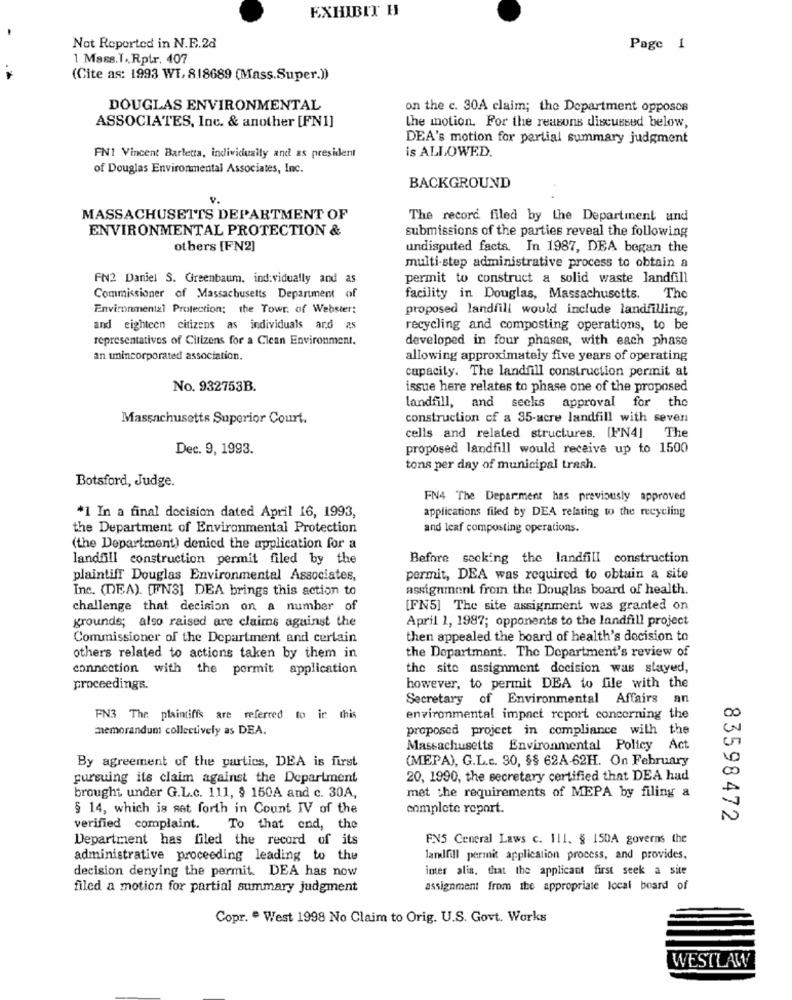
EXHIBIT H
Not Reported in N.E.28
Page 1
1 Mass.T. Rptr. 407
(Cite as: 1993 WT, 818689 (Mass.Super.))
DOUGLAS ENVIRONMENTAL
on the c. 30A claim; the Department opposes
ASSOCIATES, Inc. & another [FN1]
the motion. For the reasons discussed below,
DEA's motion for partial summary judgment
is ALLOWED.
FN1 Vincent Barletta, individually and as president
of Douglas Environmental Associates, Inc.
BACKGROUND
MASSACHUSETTS DEPARTMENT OF
The record filed by the Department and
ENVIRONMENTAL PROTECTION &
submissions of the parties reveal the following
others [FN2]
undisputed facts. In 1987, DEA began the
multi-step administrative process to obtain a
FN2 Daniel S. Greenbaum, individually and as
permit to construct a solid waste landfill
Commissioner of Massachusetts Department of
facility in Douglas, Massachusetts. The
Environmental Protection: the Towr. of Webster:
proposed landfill would include landfilling,
and eighteen citizens as individuals and as
recycling and composting operations, to be
representatives of Citizens for a Cican Environment.
developed in four phases, with each phase
an unincorporated association.
allowing approximately five years of operating
capacity. The landfill construction permit at
No. 932753B.
issue here relates to phase one of the proposed
landfill, and seeks approval for the
Massachusetts Superior Court.
construction of a 35-acre landfill with seven
cells and related structures. [FN4] The
Dec. 9, 1993.
proposed landfill would receive up to 1500
tons per day of municipal trash.
Botsford, Judge.
FN4 The Deparment has previously approved
applications filed by DEA relating to the recycling
*1 In a final decision dated April 16, 1993,
the Department of Environmental Protection
and leaf composting operations.
(the Department) denied the application for a
landfill construction permit filed by the
Before seeking the landfill construction
plaintiff Douglas Environmental Associates,
permit, DEA was required to obtain a site
Inc. (DEA). [FN3] DEA brings this action to
assignment from the Douglas board of health.
challenge that decision on a number of
[FN5] The site assignment was granted on
grounds; also raised are claims against the
April 1, 1987; opponents to the landfill project
Commissioner of the Department and certain
then appealed the board of health's decision to
the Department. The Department's review of
others related to actions taken by them in
connection with the pormit application
the site assignment decision was stayed,
proceedings.
however, to permit DEA to file with the
Secretary of Environmental Affairs an
FN3 The plaintiffs are referred to ir this
environmental impact report concerning the
memorandum collectively as DEA.
proposed project in compliance with the
Massachusetts Environmental Policy Act
(MEPA), G.L.c. 30, $$ 62A-62H. On February
By agreement of the parties, DEA is first
pursuing its claim against the Department
20, 1990, the secretary certified that DEA had
met the requirements of MEPA by filing a
brought under G.L.c. 111, § 150A and c. 30A,
§ 14, which is set forth in Count IV of the
complete report.
83598472
verified complaint.
To that end, the
Department has filed the record of its
FX5 General Laws c. 111. § 150A governs the
administrative proceeding leading to the
landfill permit application process, and provides.
decision denying the permit. DEA has now
inter alia, that the applicant first seek a site
filed a motion for partial summary judgment
assignment from the appropriate local board of
Copr. . West 1998 No Claim to Orig. U.S. Govt. Works
WESTLAW